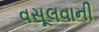
વસૂલવાની